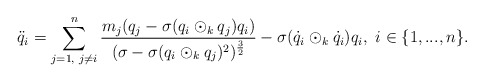
\begin{align*} \ddot{q}_{i}=\sum\limits_{j=1,\textrm{ }j\neq i}^{n}\frac{m_{j}(q_{j}-\sigma(q_{i}\odot_{k} q_{j})q_{i})}{(\sigma-\sigma(q_{i}\odot_{k} q_{j})^{2})^{\frac{3}{2}}}-\sigma(\dot{q}_{i}\odot_{k}\dot{q}_{i})q_{i},\textrm{ }i\in\{1,...,n\}.\end{align*}